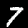
Digit: 7